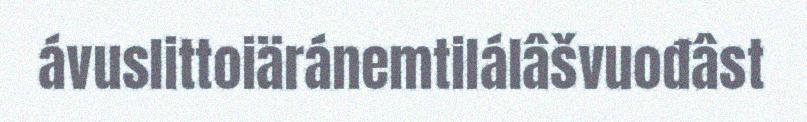
ávuslittoiäránemtilálâšvuođâst